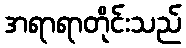
အရာရာတိုင်းသည်